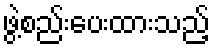
ဖွဲ့စည်းပေးထားသည့်